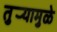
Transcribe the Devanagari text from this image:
तुर्‍यामुळे